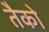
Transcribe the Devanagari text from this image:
तैको